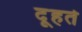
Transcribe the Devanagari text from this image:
दूहते